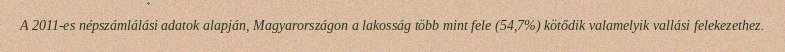
A 2011-es népszámlálási adatok alapján, Magyarországon a lakosság több mint fele (54,7%) kötődik valamelyik vallási felekezethez.